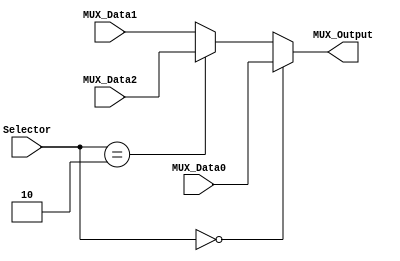
/******************************************************************
* Description
*	This is a  an 3to1 multiplexer that can be parameterized in its bit-width.
*	1.0
* Author:
*	Luis Beltran and Isaac Cabrera
* Date:
*	18/07/2019
******************************************************************/

module Multiplexer3to2
#(
	parameter NBits=32
)
(
	/* ---------------------- INPUTS ----------------------*/
	input [NBits-31:0] Selector,
	input [NBits-1:0] MUX_Data0,
	input [NBits-1:0] MUX_Data1,
	input [NBits-1:0] MUX_Data2,
	
	/* ---------------------- OUTPUT ----------------------*/
	output reg [NBits-1:0] MUX_Output

);

	always@(Selector,MUX_Data1,MUX_Data0, MUX_Data2) begin
		if(Selector == 0)
			MUX_Output = MUX_Data0;
		else if(Selector == 2)
			MUX_Output = MUX_Data2;
		else
			MUX_Output = MUX_Data1;
	end

endmodule
//mux21//